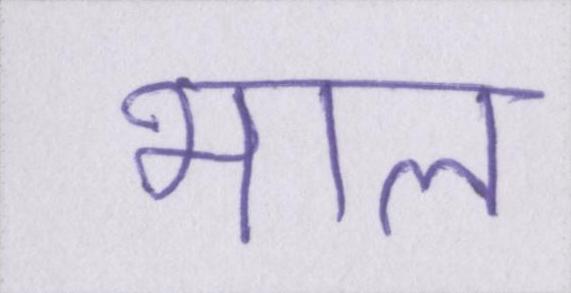
भाल